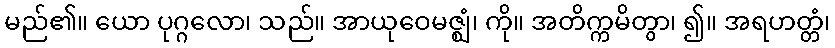
မည်၏။ ယော ပုဂ္ဂလော၊ သည်။ အာယုဝေမဇ္ဈံ၊ ကို။ အတိက္ကမိတွာ၊ ၍။ အရဟတ္တံ၊